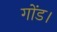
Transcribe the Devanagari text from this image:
गोंड।